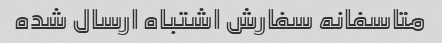
متاسفانه سفارش اشتباه ارسال شده